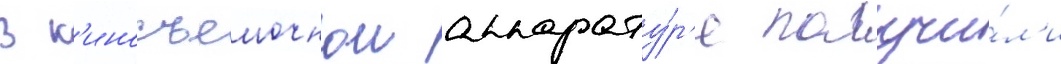
В к'иносъемочнои аппарату́р'е получи́л'и